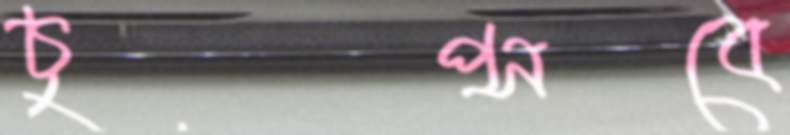
চুপ্‌সবে